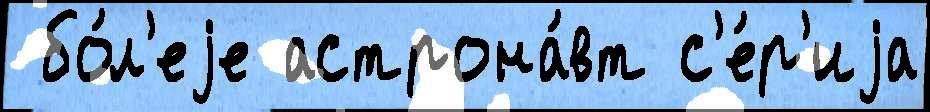
 бо́л'еjе астрона́вт с'е́р'иjа